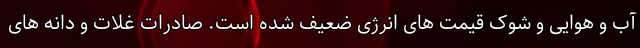
آب و هوایی و شوک قیمت های انرژی ضعیف شده است. صادرات غلات و دانه های